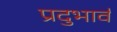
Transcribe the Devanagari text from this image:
प्रदुभार्व